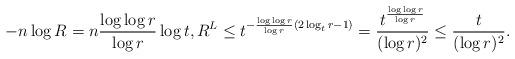
LaTeX: \begin{align*}-n \log R = n \frac{\log \log r}{\log r} \log t, R^L \le t^{-\frac{\log \log r}{\log r} (2 \log_t r - 1)} = \frac{t^{ \frac{\log \log r}{\log r}}}{(\log r)^2} \le \frac{t}{(\log r)^2}.\end{align*}